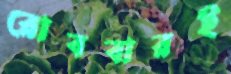
রোববারই